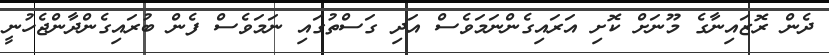
ދެން ރޮޒައިނާގެ މޫނަށް ކޮށި އަރައިގެންނަމަވެސް އަދި ގަސްތުގައި ނަމަވެސް ފެން ބުރައިގެންދާންޖެހުނީ